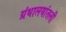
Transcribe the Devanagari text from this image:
ग्रंथालयांतली